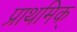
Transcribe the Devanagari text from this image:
प्राथमिक्